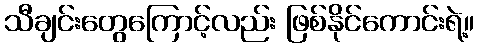
သီချင်းတွေကြောင့်လည်း ဖြစ်နိုင်ကောင်းရဲ့။